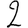
Digit: 2